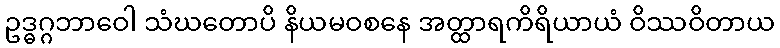
ဥဒ္ဓဂ္ဂဘာဝေါ သံဃတောပိ နိယမဝစနေ အတ္ထာရကိရိယာယံ ဝိဿဝိတာယ